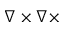
\nabla \times \nabla \times